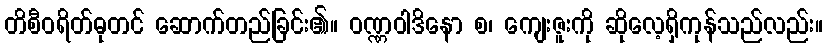
တိစီဝရိတ်ဓုတင် ဆောက်တည်ခြင်း၏။ ဝဏ္ဏဝါဒိနော စ၊ ကျေးဇူးကို ဆိုလေ့ရှိကုန်သည်လည်း။